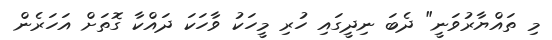
މި ތައްޔާރުވަނީ" ދެބަ ނިދީގައި ހުރި މީހަކު ވާހަކަ ދައްކާ ގޮތަށް އަހަރެން